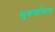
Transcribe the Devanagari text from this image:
सुवर्णाचल